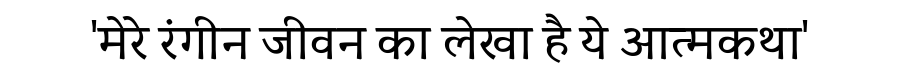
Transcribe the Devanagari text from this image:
'मेरे रंगीन जीवन का लेखा है ये आत्मकथा'